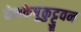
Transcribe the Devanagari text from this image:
वेलकेष़ुकुट्टुवन